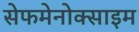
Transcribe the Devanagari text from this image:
सेफमेनोक्साइम